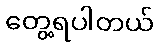
တွေ့ရပါတယ်